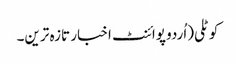
کوٹلی(اُردو پوائنٹ اخبار تازہ ترین۔